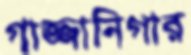
গাজ্জানিগার